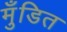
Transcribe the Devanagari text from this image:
मुँडित